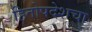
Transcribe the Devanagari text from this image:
हितोपदेशचा